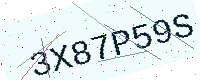
Text: 3X87P59S